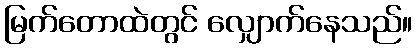
မြက်တောထဲတွင် လျှောက်နေသည်။